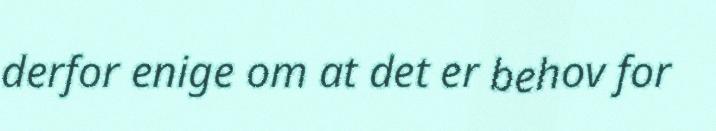
derfor enige om at det er behov for